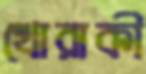
খোরাকী